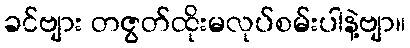
ခင်ဗျား တဇွတ်ထိုးမလုပ်စမ်းပါနဲ့ဗျာ။